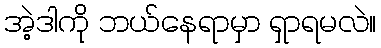
အဲ့ဒါကို ဘယ်နေရာမှာ ရှာရမလဲ။